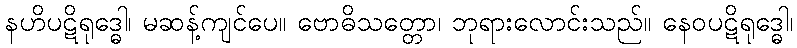
နဟိပဋိရုဒ္ဓေါ၊ မဆန့်ကျင်ပေ။ ဗောဓိသတ္တော၊ ဘုရားလောင်းသည်။ နေဝပဋိရုဒ္ဓေါ၊